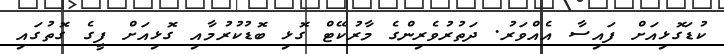
ކުޑަގޮޅިއަށް ފައިސާ އެއްވަރު. ދަތުރުވެރިންގެ މާރުކޭޓް ގޮޅި ބޮޑުކުރުމާއި ގޮޅިއަށް ފީގެ ގޮތުގައި